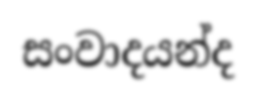
සංවාදයන්ද